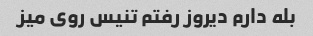
بله دارم دیروز رفتم تنیس روی میز